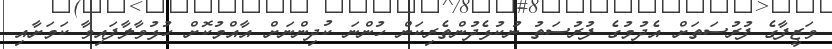
ވަޒީފާގެ ފުރުސަތަށް އެދުމުގެ ފުރުސަތު ނުކުޅެދުންތެރިކަން ހުންނަ ކުދިންނަށް އާއްމުކޮށް ހުޅުވާލާފައިވާ ކަމަށާއި